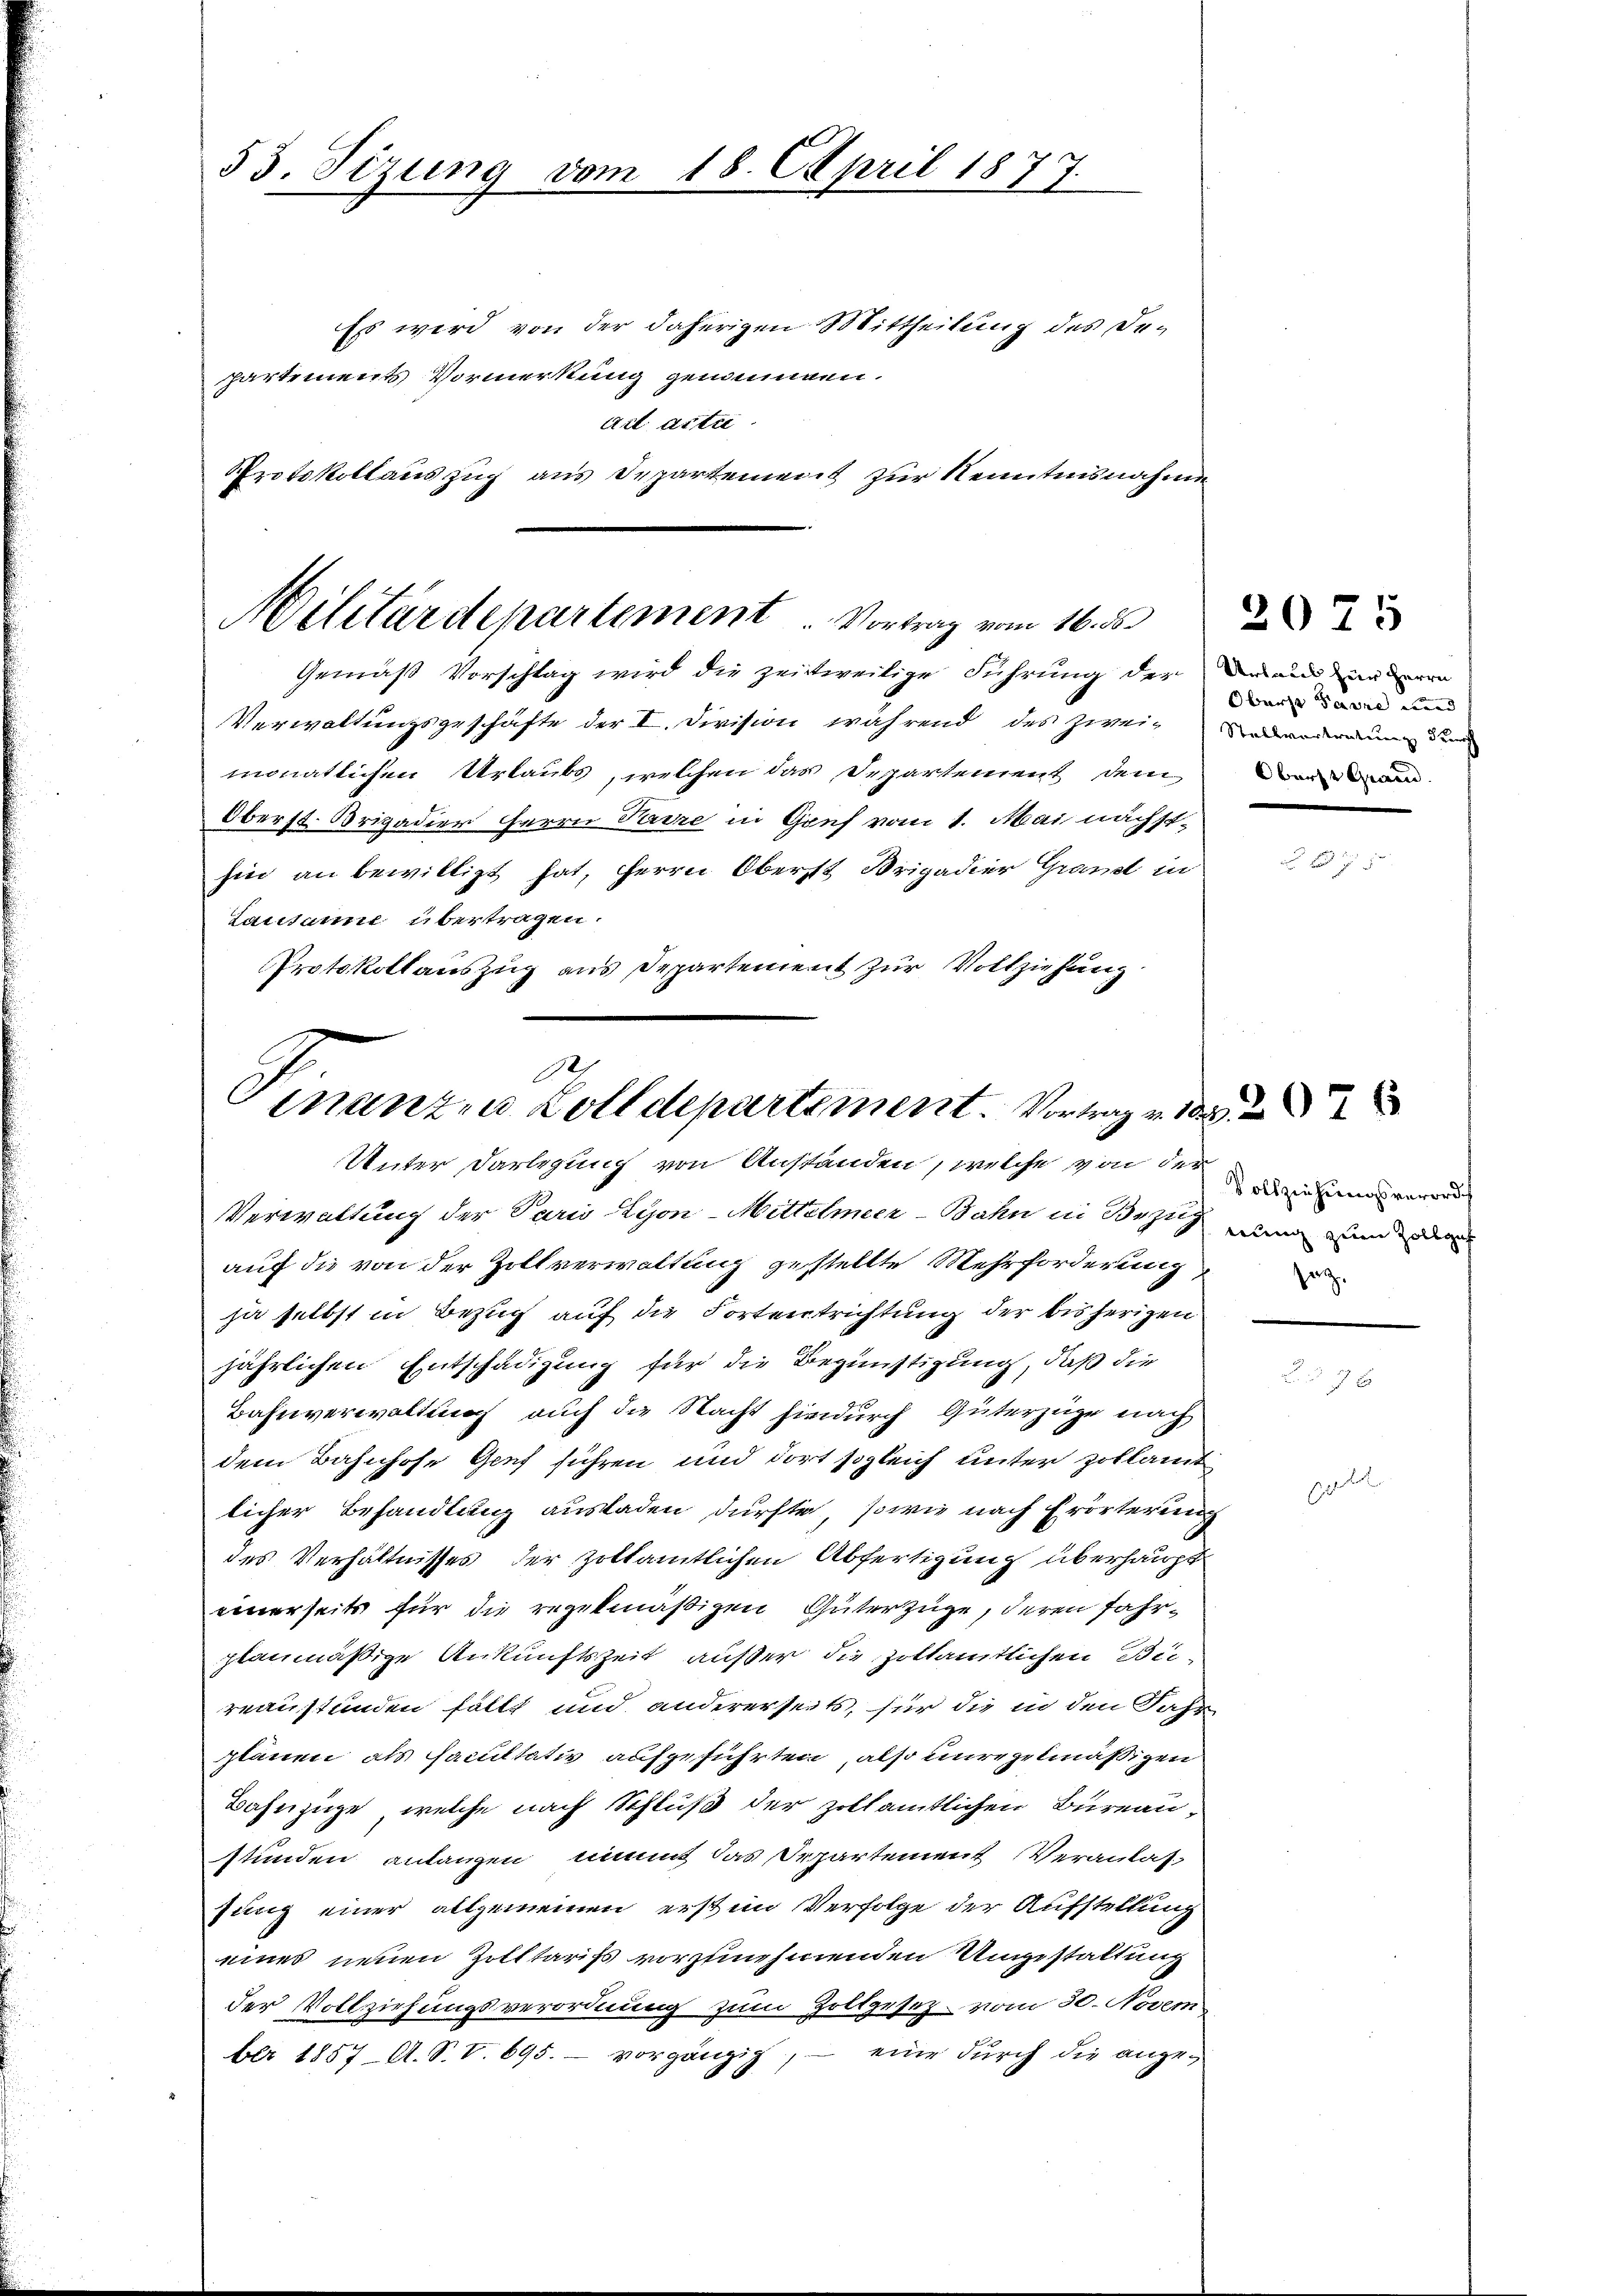
53. Sizung vom 18. April 1877.

Es wird von der daherigen Mittheilung des De-
partements Vormerkung genommen.
Act acte
Protokollauszug aus Departement zur Kenntnisnahme

Militärdepartement  ..  Vortrag vom 16. ds.

Gemäß Vorschlag wird die zeitweilige Führung der da und die
Verwaltungsgeschäfte der I. Division während des zwei-Ladenderung der
monatlichen Urlaubs, welchen das Departement dem
Oberst Brigadier Herrn Parre in Graf vom 1. Mai nächstsin an bewilligt hat, Herrn Oberst Brigadier Gränzt in
Lausanne übertragen.
Protokollauszug aus Departement zur Vollziehung

D
Finanzen Zolldepartement. Vortrag v. M.
Unter Darlegung von Anständen, welche von der

Verwaltung der Paris Lyon-Mittelmeer-Bahn in Bezug in und d
auf die von der Zollverwaltung gestellte Mehrforderung
ja selbst in Bezug auf die Fortentrichtung der bisherigen
jährlichen Entschädigung für die Begünstigung, daß die
Bahnverwaltung auch die Nacht hindurch Güterzüge nach
dem Bahnhofe Genf führen und dort sogleich unter zollamt
licher Behandlung ausladen dürfte, sowie nach Erörterung
des Verhältnisses der Zoltamtlichen Abfertigung überhaupt
einerseits für die regelmäßigen Güterzüge, deren fahrplanmäßige Ankunftszeit ausser die Zoltamtlichen Bei-
reaustünden fällt und andererseits, für die in den Jahr
plänen als Facultativ aufgeführten, also unregelmässigen
Bahnzüge, welche nach Schluß der zollämtlichen Bureau-
stunden anlangen, nimmt das Departement Veranlas-
sung einer allgemeinen ersten Verfolge der Aufstellung
eines neuen Zolltariss vorzunehmenden Ungestaltung
der Vollziehungsverordnung zum Zollgesez vom 30. Novem
ber 1857. A. S. V. 695. - vorgängig, — eine durch die ange¬

Oberse Parze und
Oberst Grau.

2075

Vollziehungsverordes
e.